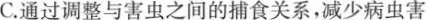
C.通过调整与害虫之间的捕食关系，减少病虫害